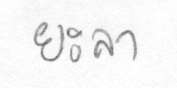
ยะลา